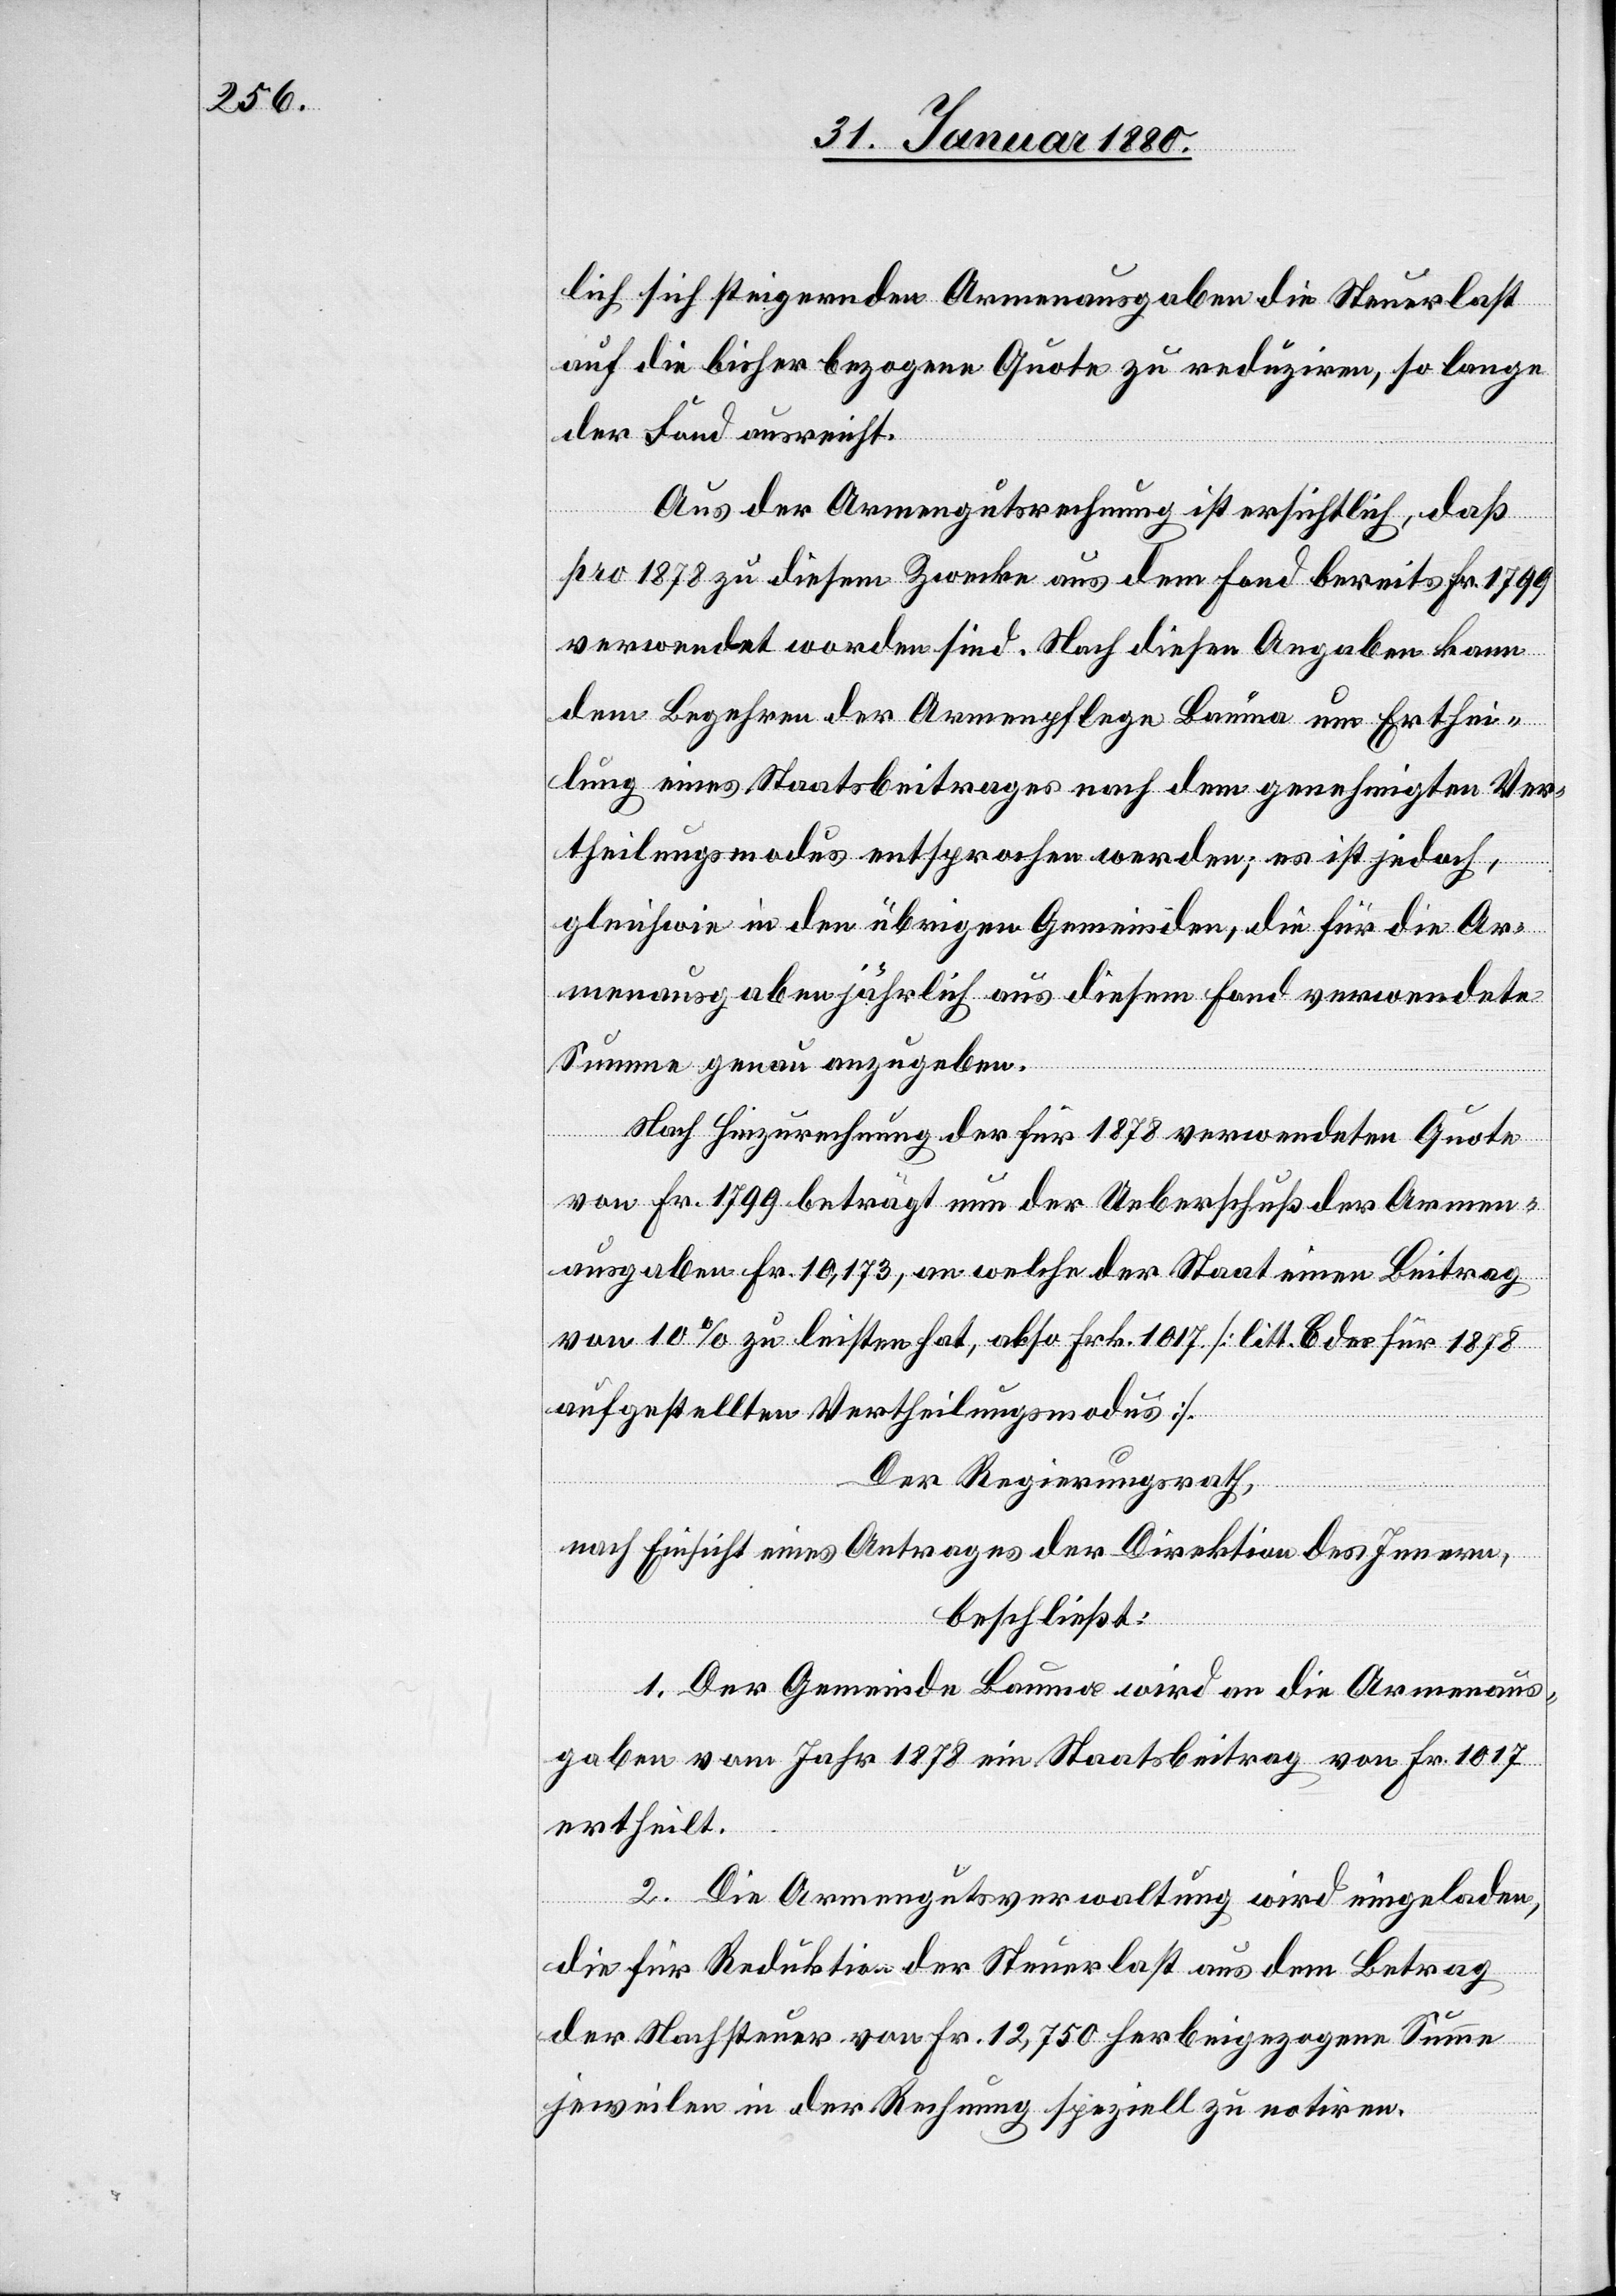
lich sich steigernden Armenausgaben die Steuerlast
auf die bisher bezogene Quote zu reduziren, so lange
der Fond ausreicht.
Aus der Armengutsrechnung ist ersichtlich, daß
pro 1878 zu diesem Zwecke aus dem Fond bereits Fr. 1799
verwendet worden sind. Nach diesen Angaben kann
dem Begehren der Armenpflege Bauma um Erthei¬
lung eines Staatsbeitrages nach dem genehmigten Ver¬
theilungsmodus entsprochen werden; es ist jedoch,
gleichwie in den übrigen Gemeinden, die für die Ar¬
menausgaben jährlich aus diesem Fond verwendete
Summe genau anzugeben.
Nach Hinzurechnung der für 1878 verwendeten Quote
von Fr. 1799 beträgt nun der Ueberschuß der Armen¬
ausgaben Fr. 10, 173, an welche der Staat einen Beitrag
von 10% zu leisten hat, also Frk. 1017 [litt. C des für 1878
aufgestellten Vertheilungsmodus].
Der Regierungsrath,
nach Einsicht eines Antrages der Direktion des Innern,
beschließt:
1. Der Gemeinde Bauma wird an die Armenaus¬
gaben vom Jahr 1878 ein Staatsbeitrag von Fr. 1017
ertheilt.
2. Die Armengutsverwaltung wird eingeladen,
die für Reduktion der Steuerlast aus dem Betrag
der Nachsteuer von Fr. 12, 750 herbeigezogene Summe
jeweilen in der Rechnung speziell zu notiren.